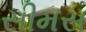
સીમસ